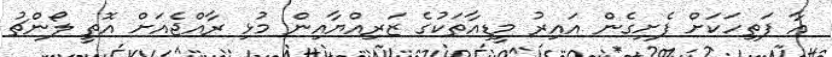
އާ ފަތިހަކަށް ފެށިގެން އައިރު މީޑިއާތަކުގެ ޒަރިއްޔާއިން މުޅި ރާއްޖެއަށް އޮތީ ލޯންޗު